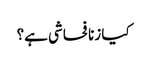
کیا زنا فحاشی ہے؟